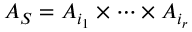
A _ { S } = A _ { i _ { 1 } } \times \cdots \times A _ { i _ { r } }